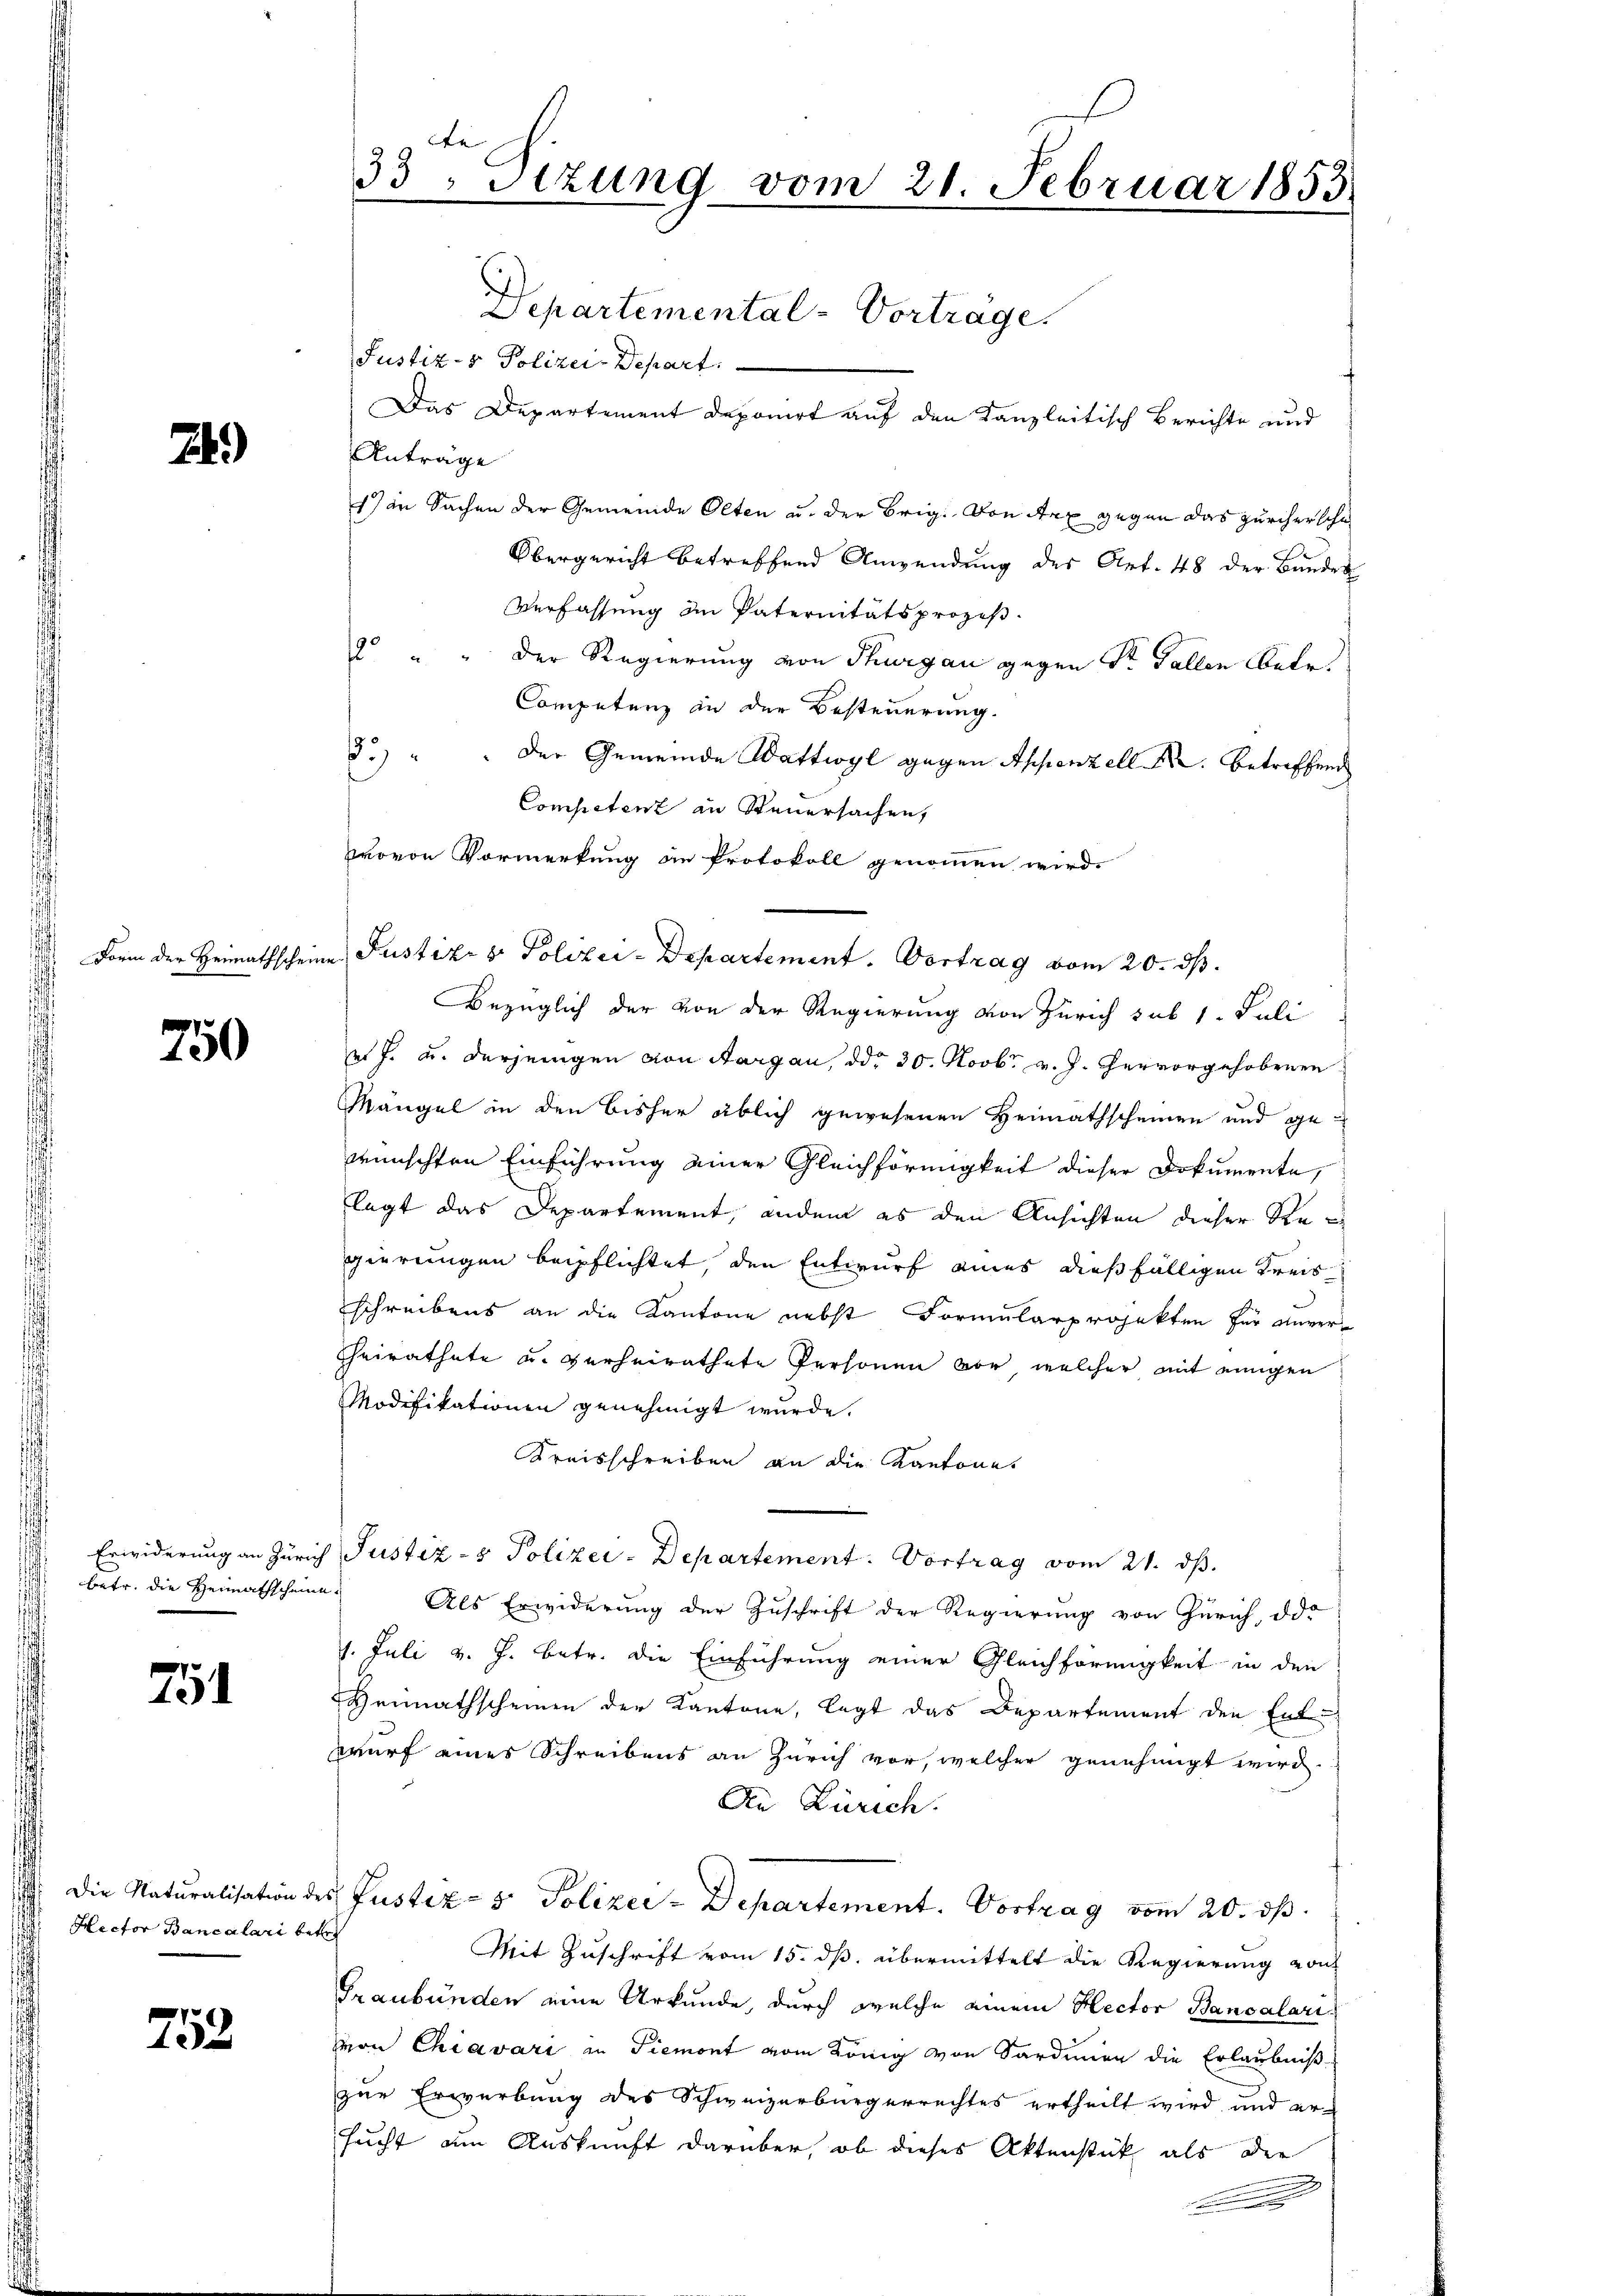
24.)

Form der Heimathschein

750

betr. die Heimathscheine

751

Die Naturalisation des
Rector Bancalari betr

752

de
33 Stzung vom 21. Februar 1853.

Justiz- & Polizei-Depart.
Anträge
1) in Sachen der Gemeinde Oeten u. der Brig. Von Arx gegen das zürcherscha
Obergericht betreffend Anwendung des Art. 48 der Bundes
Verfassung an Paternitätsprozes
2 " " der Regierung von Thurgau gegen St. Gallen Betr.
Competenz an der Besteuerung.
3.) " " der Gemeinde Wattwyl gegen Appenzell A. betreffend
Competenz an Steuersachen,
provon Vormerkung an Protokoll genommen wird.
i Justiz & Polizei-Departement. Vortrag vom 20. ds.
Bezüglich der von der Regierung von Zürich sub 1. Juli
es J. u. derjenigen von Aargau, ddo 30. Novbr. v. J. Hervorgehobenen
Mängel in den bisher üblich gewesenen Heimathscheinen und gewünschten Einführung einer Gleichförmigkeit dieser Dokumente,
legt das Departement, andem es den Ansichten dieser Regierungen beipflichtet, den Entwurf eines dießfälligen Kreisschreibens an die Kantone nebst Formularprojekten für Anver¬
Sheirathete u. verheirathete Personen vor, welcher mit einigen
Modifikationen genehmigt wurde.
Kreisschreiben an die Kantone
Erwiderung an Zürich Justiz- & Polizei-Departement. Vortrag vom 21. ds.
Als Erwiderung der Zuschrift der Regierung von Zürich, da
1. Juli v. J. betr. die Einführung einer Gleichförmigkeit in den
Heimathscheinen der Kantone, legt das Departement den Entwurf eines Schreibens an Zürich vor, welcher genehmigt wird.
An Zürich.
Justiz- & Polizei-Departement. Vortrag vom 20. ds.
Mit Zuschrift vom 15. ds. übermittelt die Regierung von
Graubünden eine Urkunde, durch welche einem Rector Bancalarivon Chiavari in Piemont vom König von Sardinien die Erlaubniß
zur Erwerbung des Schweizerbürgerrechtes ertheilt wird, und ersucht am Auskunft darüber, ob dieses Aktenstück als die

Departemental-Vorträge.
Das Departement deponirt auf den Kanzleitisch Berichte und